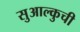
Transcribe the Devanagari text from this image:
सुआल्कुची